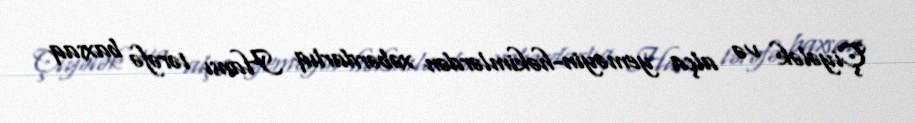
Çiyələk və alça yeməyin-həkimlərdən xəbərdarlıq Hansı tərəfə baxsaq